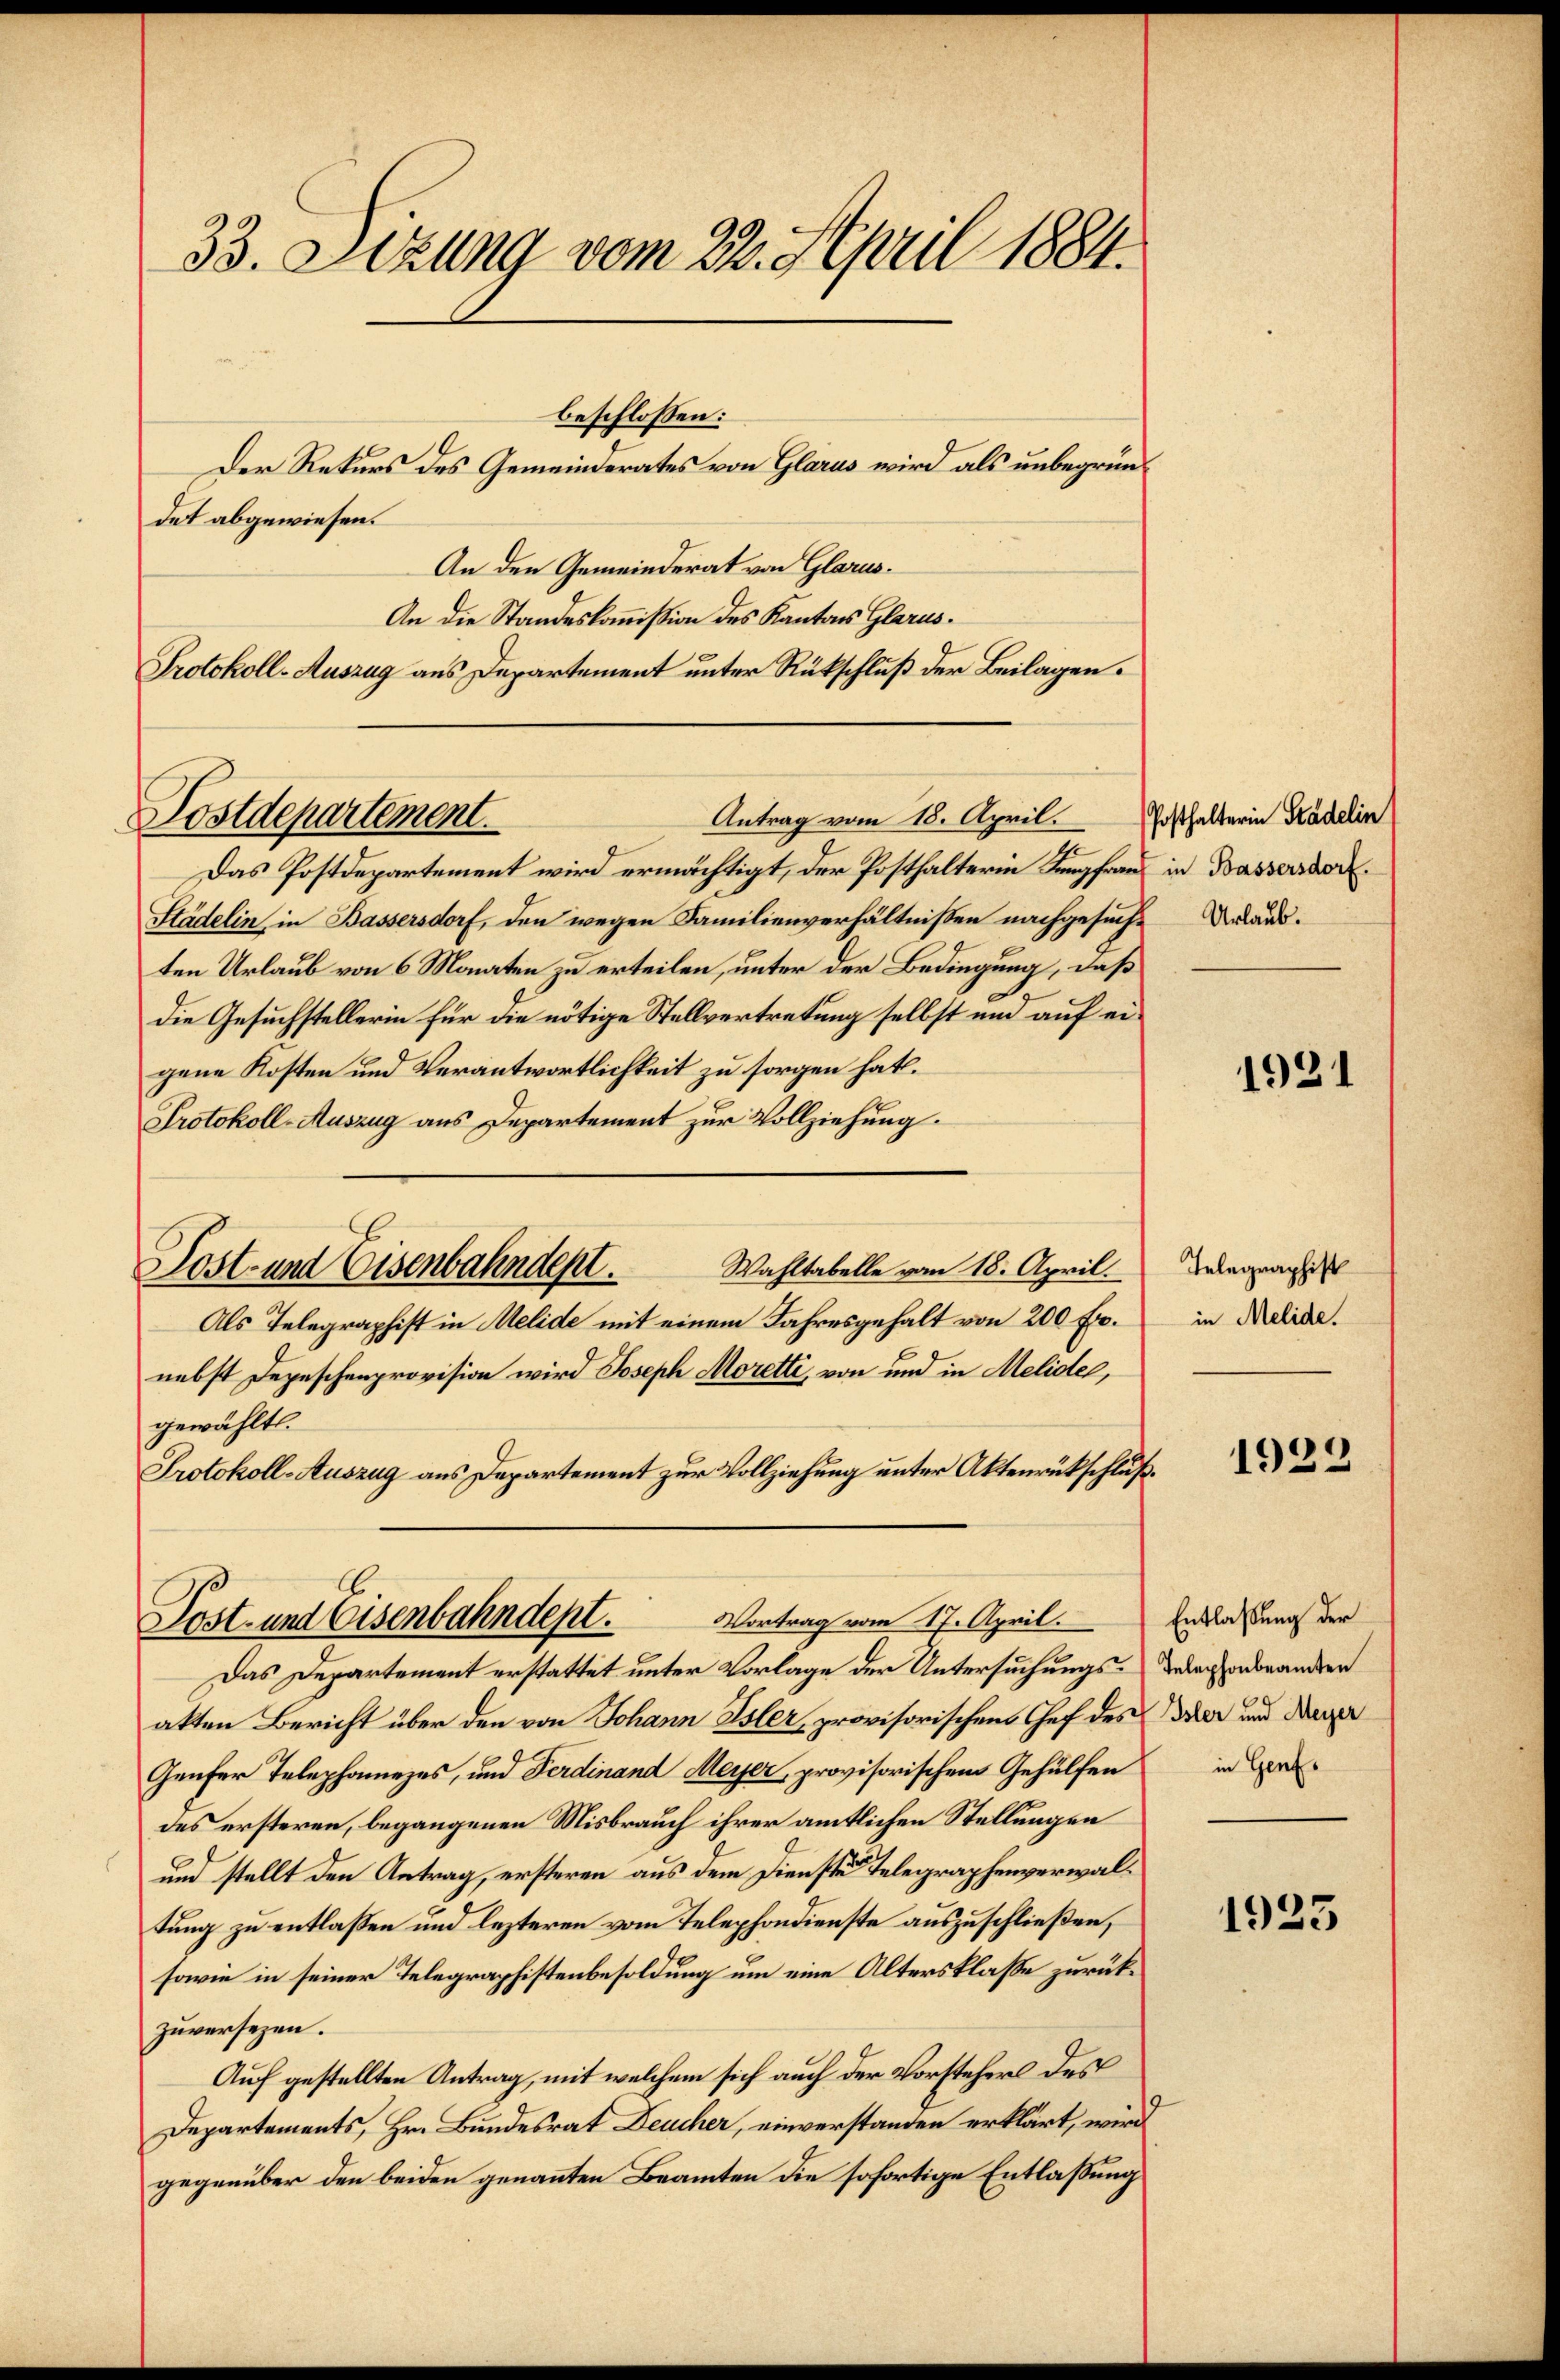
33. Sizung vom 23. April 1884.

det abgewiesen.
An den Gemeinderat von Glarus.
An die Standeskommission des Kantons Glarus.
Protokoll-Auszug aus Departement unter Rückschluß der Beilagen.

Antrag vom 18. April.
Das Postdepartement wird ermächtigt, der Posthalterin Kampfrau in Bassersdor
Städelin, in Bassersdorf, den wegen Familienverhältnissen nachgesuche Darausten Urlaub von 6 Monaten zu erteilen, unter der Bedingung, daß
die Gesuchstellerin für die nötige Stellvertretung selbst und auf eigene Kosten und Verantwortlichkeit zu sorgen hat.
Protokoll-Auszug aus Departement zur Vollziehung.
Wahltabelle vom 18. April.
Lost- und Eisenbahndept.
Als Telegraphist in Melide mit einem Jahresgehalt von 200 Fr.
nebst Depeschenprovision wird Joseph Moretti, von und in Melidel,
gewählt.
Protokoll-Auszug aus Departement zur Vollziehung unter Aktenrückschluß¬
Post- und Eisenbahndept. Vortrag vom 17. April.
Das Departement erstattet unter Vorlage der Untersuchungs- oder abrander
akten Bericht über den von Johann Isler, provisorischens Chef des der und Luzer
Genfer Telephamezes, und Ferdinand Meyer, provisorischem Gehülfen in der
des ersteren, begangenen Misbrauch ihrer amtlichen Stellungen
und stellt den Antrag, ersteren aus dem Dienste telegraphenverwaltung zu entlassen und lezteren vom Telephondienste auszuschließen,
sowie in seiner Telegraphistenbesoldung um eine Altersklasse zurückzuversezen.
Auf gestellten Antrag, mit welchem sich auch der Vorstehers des
Departements, Hr. Bundesrat Deucher, einverstanden erklärt, wird
gegenüber den beiden genannten Beamten die sofortige Entlaßung

Postdepartement.

beschlossen:
Der Rekurs des Gemeinderates von Glarus wird als unbegrün¬

Posthalterin Städelin

1921

Telegraphist
in Melide.

1922

Entlaßung der

1923